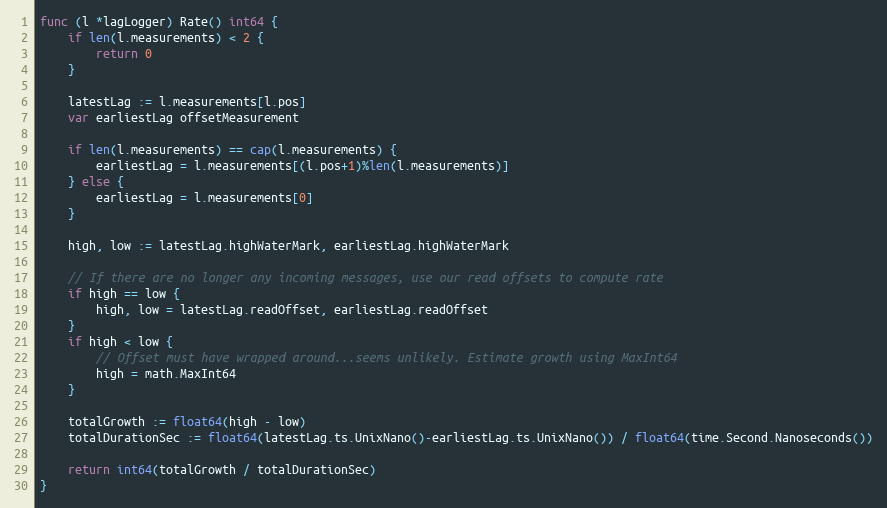
Language: Go
func (l *lagLogger) Rate() int64 {
	if len(l.measurements) < 2 {
		return 0
	}

	latestLag := l.measurements[l.pos]
	var earliestLag offsetMeasurement

	if len(l.measurements) == cap(l.measurements) {
		earliestLag = l.measurements[(l.pos+1)%len(l.measurements)]
	} else {
		earliestLag = l.measurements[0]
	}

	high, low := latestLag.highWaterMark, earliestLag.highWaterMark

	// If there are no longer any incoming messages, use our read offsets to compute rate
	if high == low {
		high, low = latestLag.readOffset, earliestLag.readOffset
	}
	if high < low {
		// Offset must have wrapped around...seems unlikely. Estimate growth using MaxInt64
		high = math.MaxInt64
	}

	totalGrowth := float64(high - low)
	totalDurationSec := float64(latestLag.ts.UnixNano()-earliestLag.ts.UnixNano()) / float64(time.Second.Nanoseconds())

	return int64(totalGrowth / totalDurationSec)
}